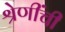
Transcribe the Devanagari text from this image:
श्रेणींची